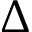
\Delta